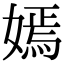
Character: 嫣